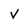
Character: v